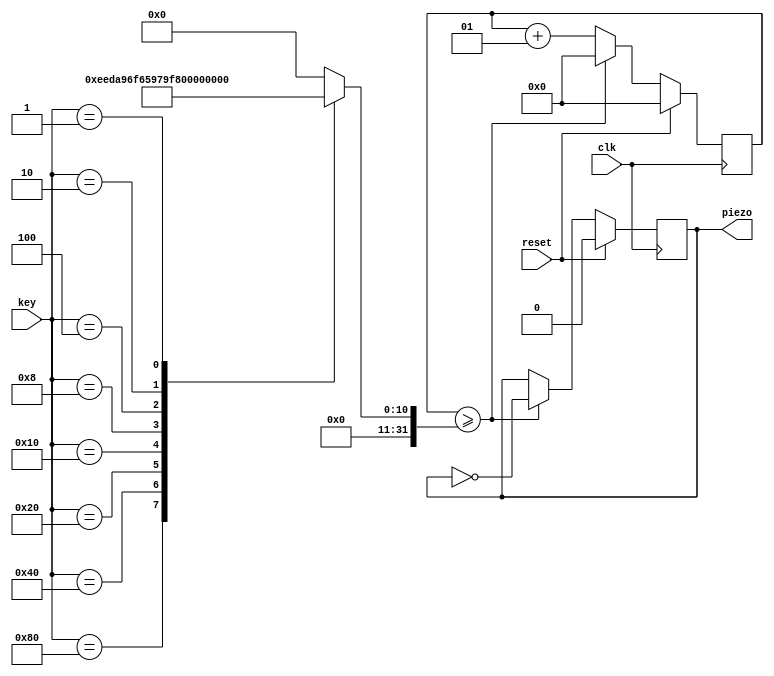
// 1 Mhz
module piezo(reset,clk,key,piezo);

input clk, reset;
input[7:0] key;
output piezo;
reg buff;
integer cnt_sound;
integer limit;
wire piezo;

always@(key)
begin
	case(key)
		8'b10000000:limit=1910;//?
		8'b01000000:limit=1701;//?
		8'b00100000:limit=1516;//?
		8'b00010000:limit=1431;//?
		8'b00001000:limit=1275;//?
		8'b00000100:limit=1135;//?
		8'b00000010:limit=1011;//? ? 
		8'b00000001:limit=955;//?
		default:limit=0;
	endcase
end
 
always@(posedge clk)
begin
	if(reset) 
		begin
			buff=1'b0;
			cnt_sound=0;
		end
	else	
		begin	
			if(cnt_sound >= limit)//cnt_sount ? limit?? ?? ??? ? 
				begin	
					cnt_sound=0;
					buff = ~buff;
				end
			else
				cnt_sound = cnt_sound+1;
		end
		
end
 
assign piezo = buff;
 
endmodule